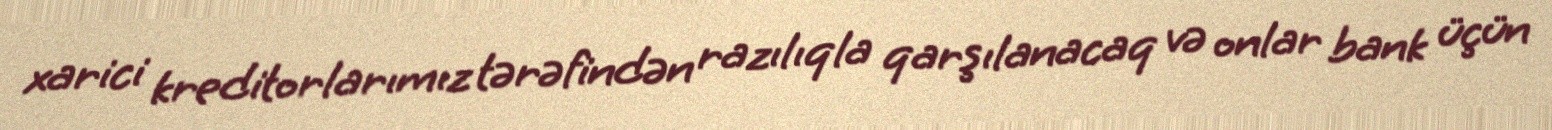
xarici kreditorlarımız tərəfindən razılıqla qarşılanacaq və onlar bank üçün